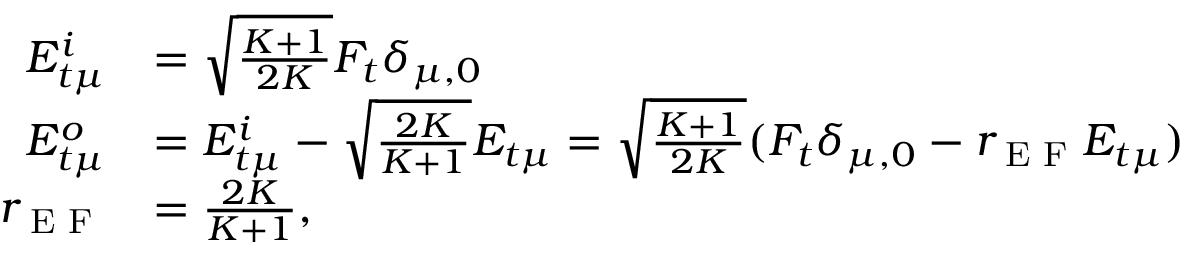
\begin{array} { r l } { E _ { t \mu } ^ { i } } & { = \sqrt { \frac { K + 1 } { 2 K } } F _ { t } \delta _ { \mu , 0 } } \\ { E _ { t \mu } ^ { o } } & { = E _ { t \mu } ^ { i } - \sqrt { \frac { 2 K } { K + 1 } } E _ { t \mu } = \sqrt { \frac { K + 1 } { 2 K } } ( F _ { t } \delta _ { \mu , 0 } - r _ { \textrm { E F } } E _ { t \mu } ) } \\ { r _ { \textrm { E F } } } & { = \frac { 2 K } { K + 1 } , } \end{array}